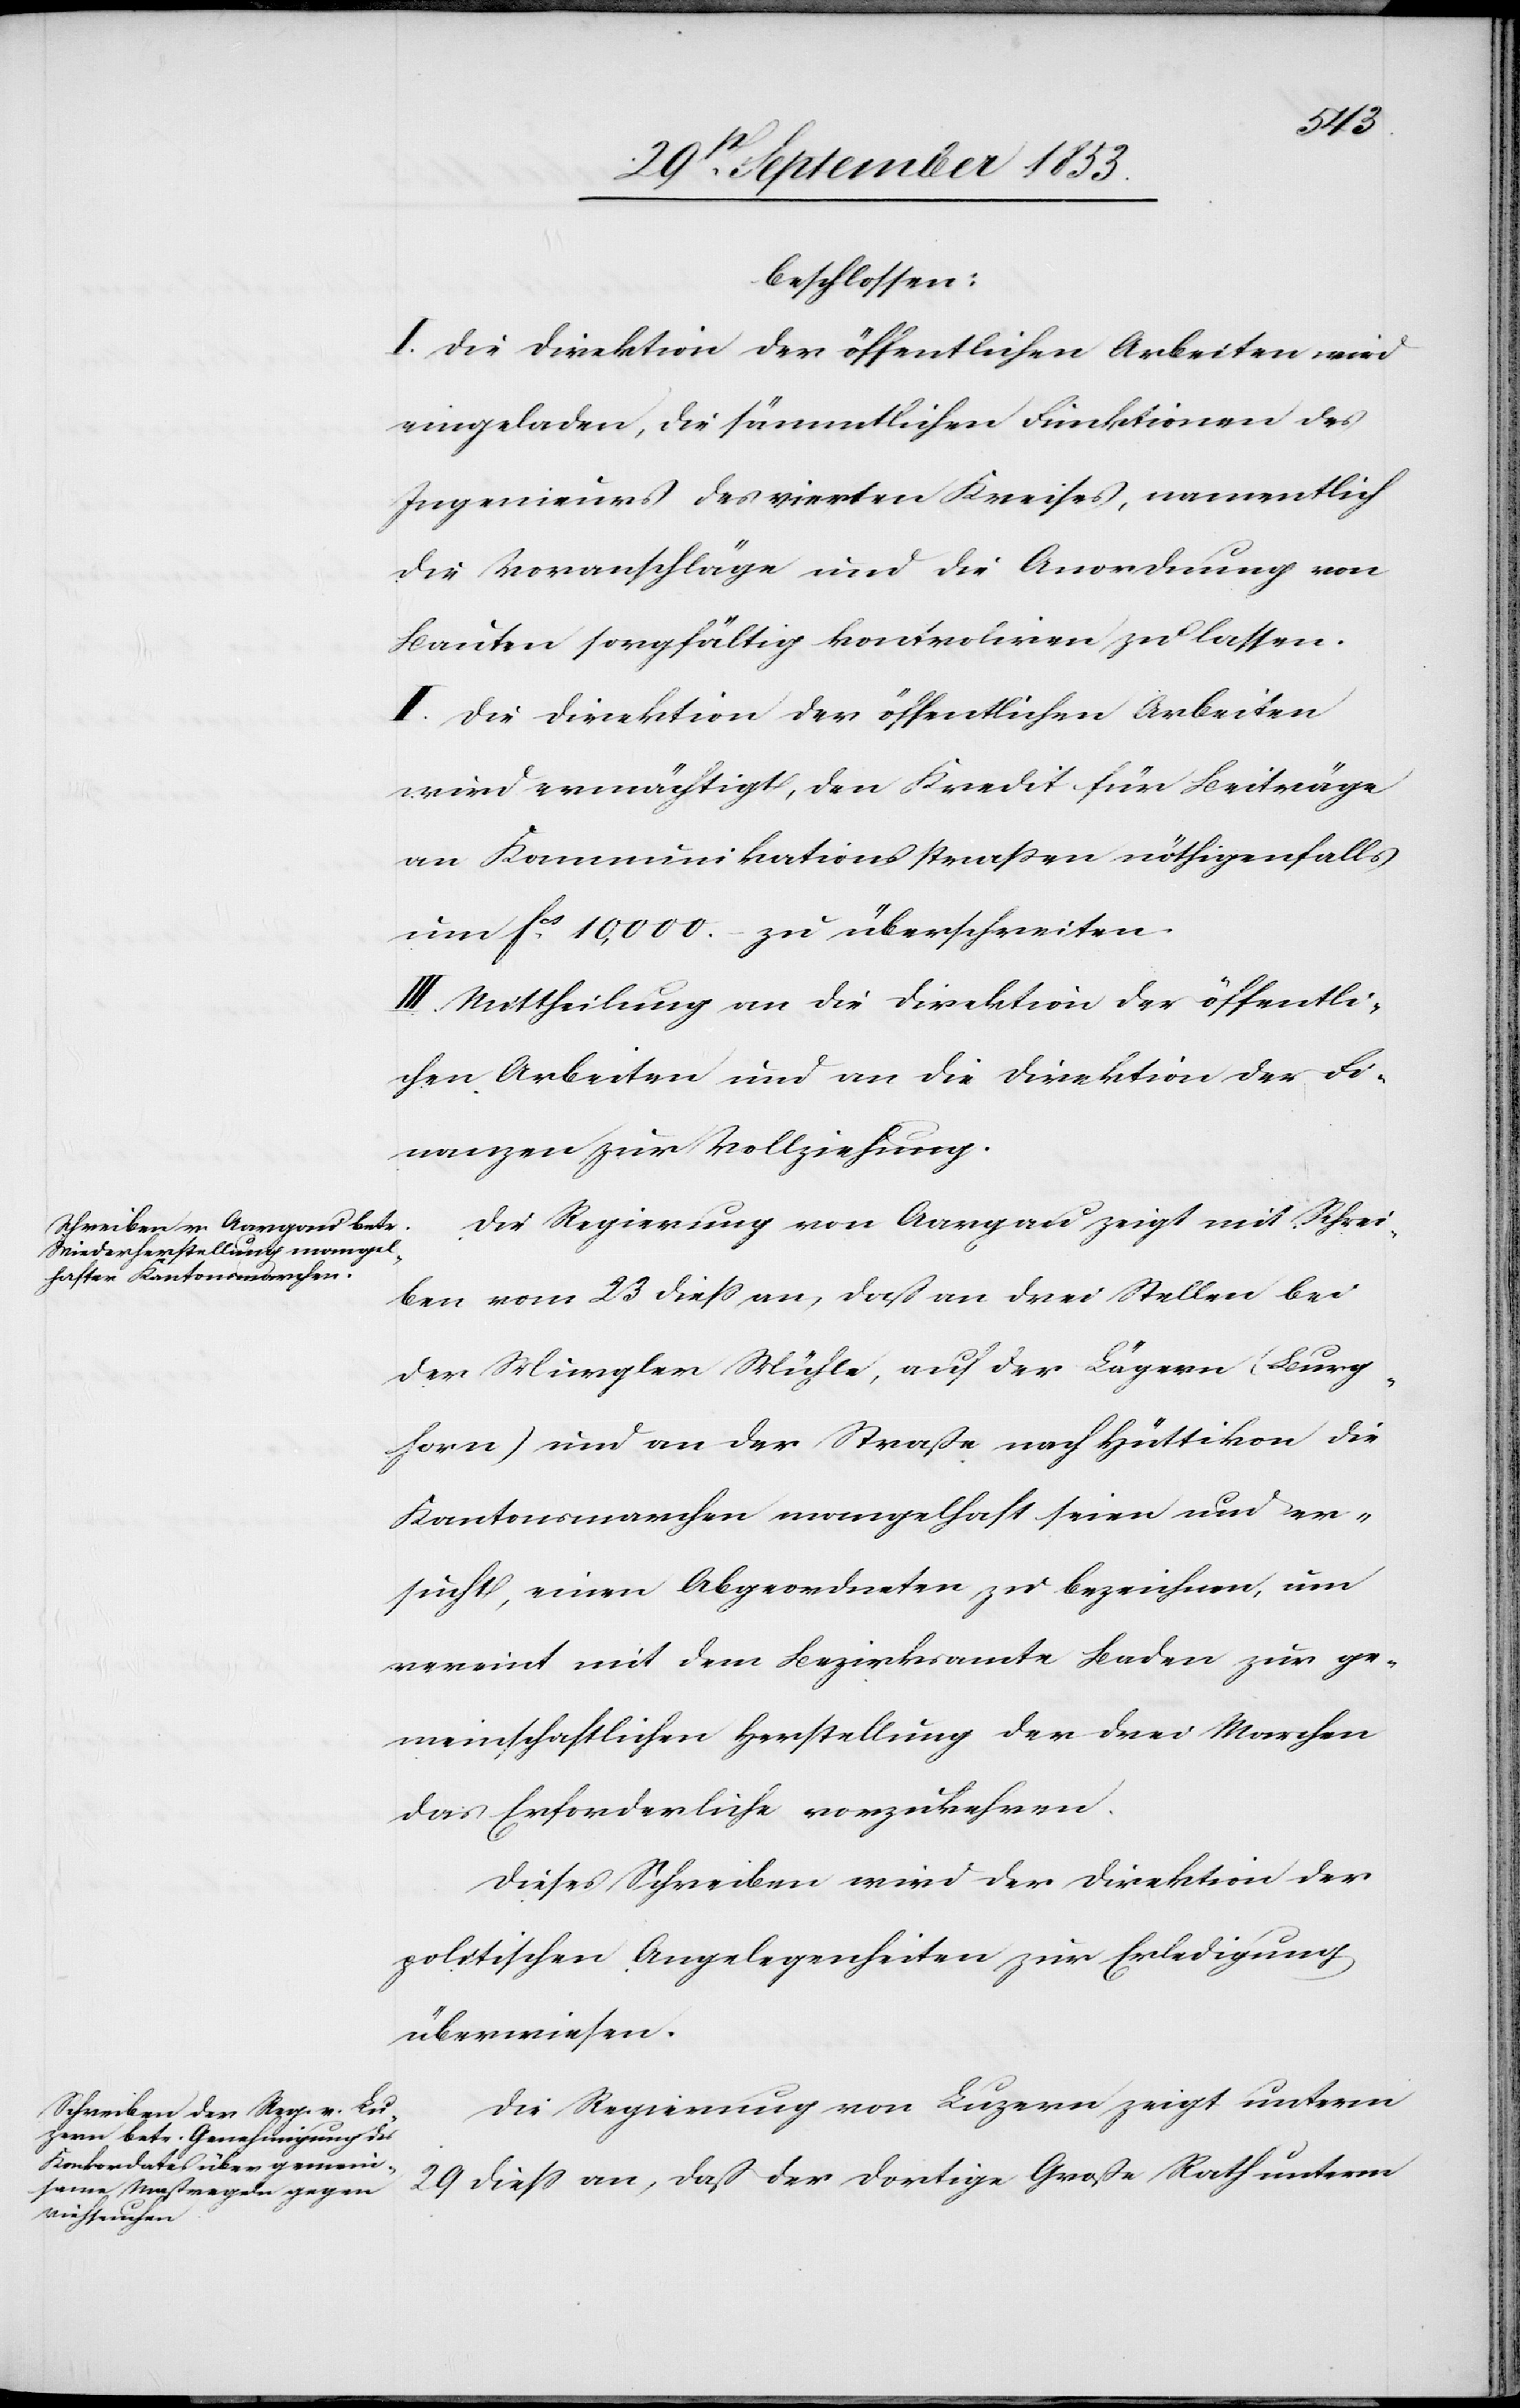
beschlossen:
I. Die Direktion der öffentlichen Arbeiten wird
eingeladen, die sämmtlichen Funktionen des
Ingenieurs des vierten Kreises, namentlich
die Voranschläge und die Anordnung von
Bauten sorgfältig kontrahiren zu lassen.
II. Die Direktion der öffentlichen Arbeiten
wird ermächtigt, den Kredit für Beiträge
an Kommunikationsstraßen nöthigenfalls
um fcs 10,000 zu überschreiten.
III. Mittheilung an die Direktion der öffentli¬
chen Arbeiten und an die Direktion der Fi¬
nanzen zur Vollziehung.
Die Regierung von Aargau zeigt mit Schrei¬
ben vom 23 dieß an, daß an drei Stellen bei
der Murgler Mühle, auf der Lägern (Burg¬
horn) und an der Straße nach Hüttikon die
Kantonsmarchen mangelhaft seien und er¬
sucht, einen Abgeordneten zu bezeichnen, um
vereint mit dem Bezirksamte Baden zur ge¬
meinschaftlichen Herstellung der drei Marchen
das Erforderliche vorzunehmen.
Dieses Schreiben wird der Direktion der
politischen Angelegenheiten zur Erledigung
überwiesen.
Die Regierung von Luzern zeigt unterm
29 dieß an, daß der dortige Große Rath unterm